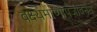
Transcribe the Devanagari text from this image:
वक्ष्यमाणोपजीवनेन